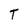
Character: T